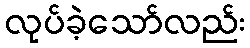
လုပ်ခဲ့သော်လည်း